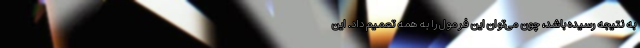
به نتیجه رسیده باشد، چون می‌توان این فرمول را به همه تعمیم داد. این